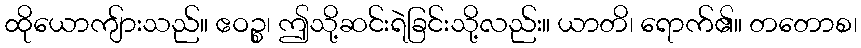
ထိုယောကျ်ားသည်။ ဧဝဉ္စ၊ ဤသို့ဆင်းရဲခြင်းသို့လည်း။ ယာတိ၊ ရောက်၏။ တတောစ၊